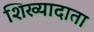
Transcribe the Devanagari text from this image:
शिख्यादाता